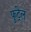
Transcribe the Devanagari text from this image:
फुट्रेल